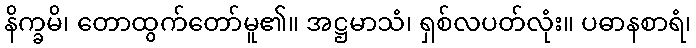
နိက္ခမိ၊ တောထွက်တော်မူ၏။ အဋ္ဌမာသံ၊ ရှစ်လပတ်လုံး။ ပဓာနစာရံ၊